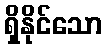
ရှိနိုင်သော